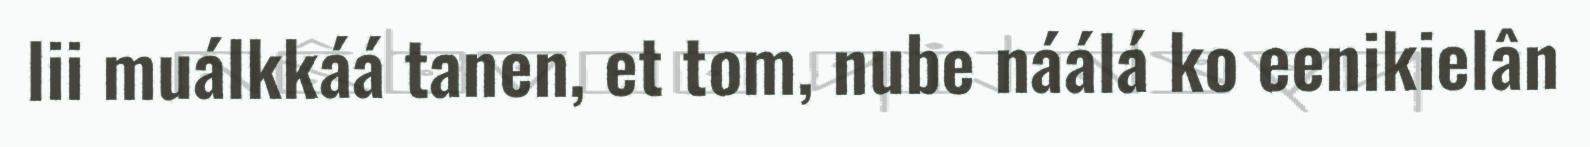
lii muálkkáá tanen, et tom, nube náálá ko eenikielân